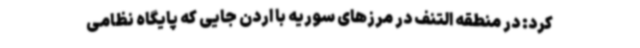
کرد: در منطقه التنف در مرزهای سوریه با اردن جایی که پایگاه نظامی